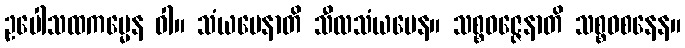
ဥပေါသထကမ္မေန ဝါ။ သံယမေနာတိ သီလသံယမေန။ သစ္စဝဇ္ဇေနာတိ သစ္စဝစနေန။